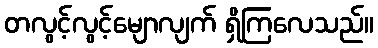
တလွင့်လွင့်မျောလျက် ရှိကြလေသည်။